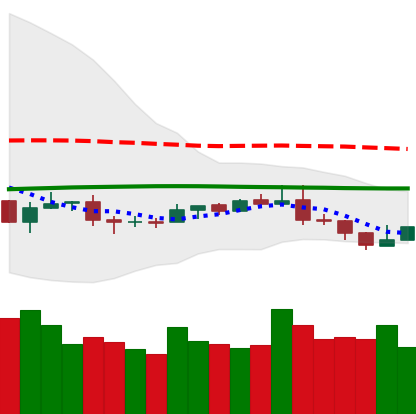
Ticker: NEO-USD
Chart end date: 2019-08-11
Forward return: -11.267%
Label: down_7plus